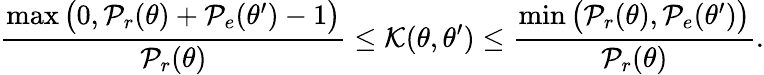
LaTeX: \frac{\operatorname*{max}\big(0,\mathcal{P}_{r}(\theta)+\mathcal{P}_{e}(\theta^{\prime})-1\big)}{\mathcal{P}_{r}(\theta)}\leq\mathcal{K}(\theta,\theta^{\prime})\leq\frac{\operatorname*{min}\big(\mathcal{P}_{r}(\theta),\mathcal{P}_{e}(\theta^{\prime})\big)}{\mathcal{P}_{r}(\theta)}.